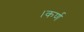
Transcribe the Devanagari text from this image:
।कर्ण